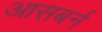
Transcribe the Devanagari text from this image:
आसबर्न